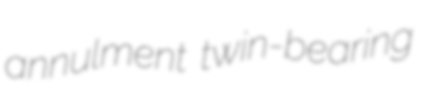
annulment twin-bearing